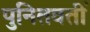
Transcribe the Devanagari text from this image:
पुनितवतीं